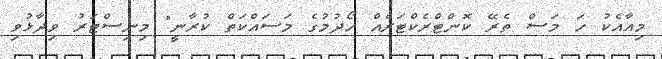
މިއާއެކު ހަ މަސް ތެރޭ ކޮންޓްރެކްޓަރެއް ހޯދުމުގެ މަސައްކަތް ކުރާނީ" މިނިސްޓަރު ވިދާޅުވި